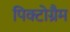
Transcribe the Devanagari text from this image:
पिक्टोग्रैम